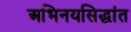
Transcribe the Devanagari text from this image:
अभिनयसिद्धांत